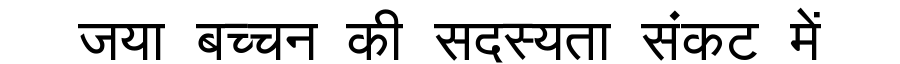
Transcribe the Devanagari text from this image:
जया बच्चन की सदस्यता संकट में